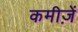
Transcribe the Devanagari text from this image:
कमीज़ें